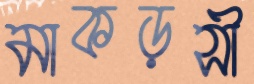
মাকড়সী